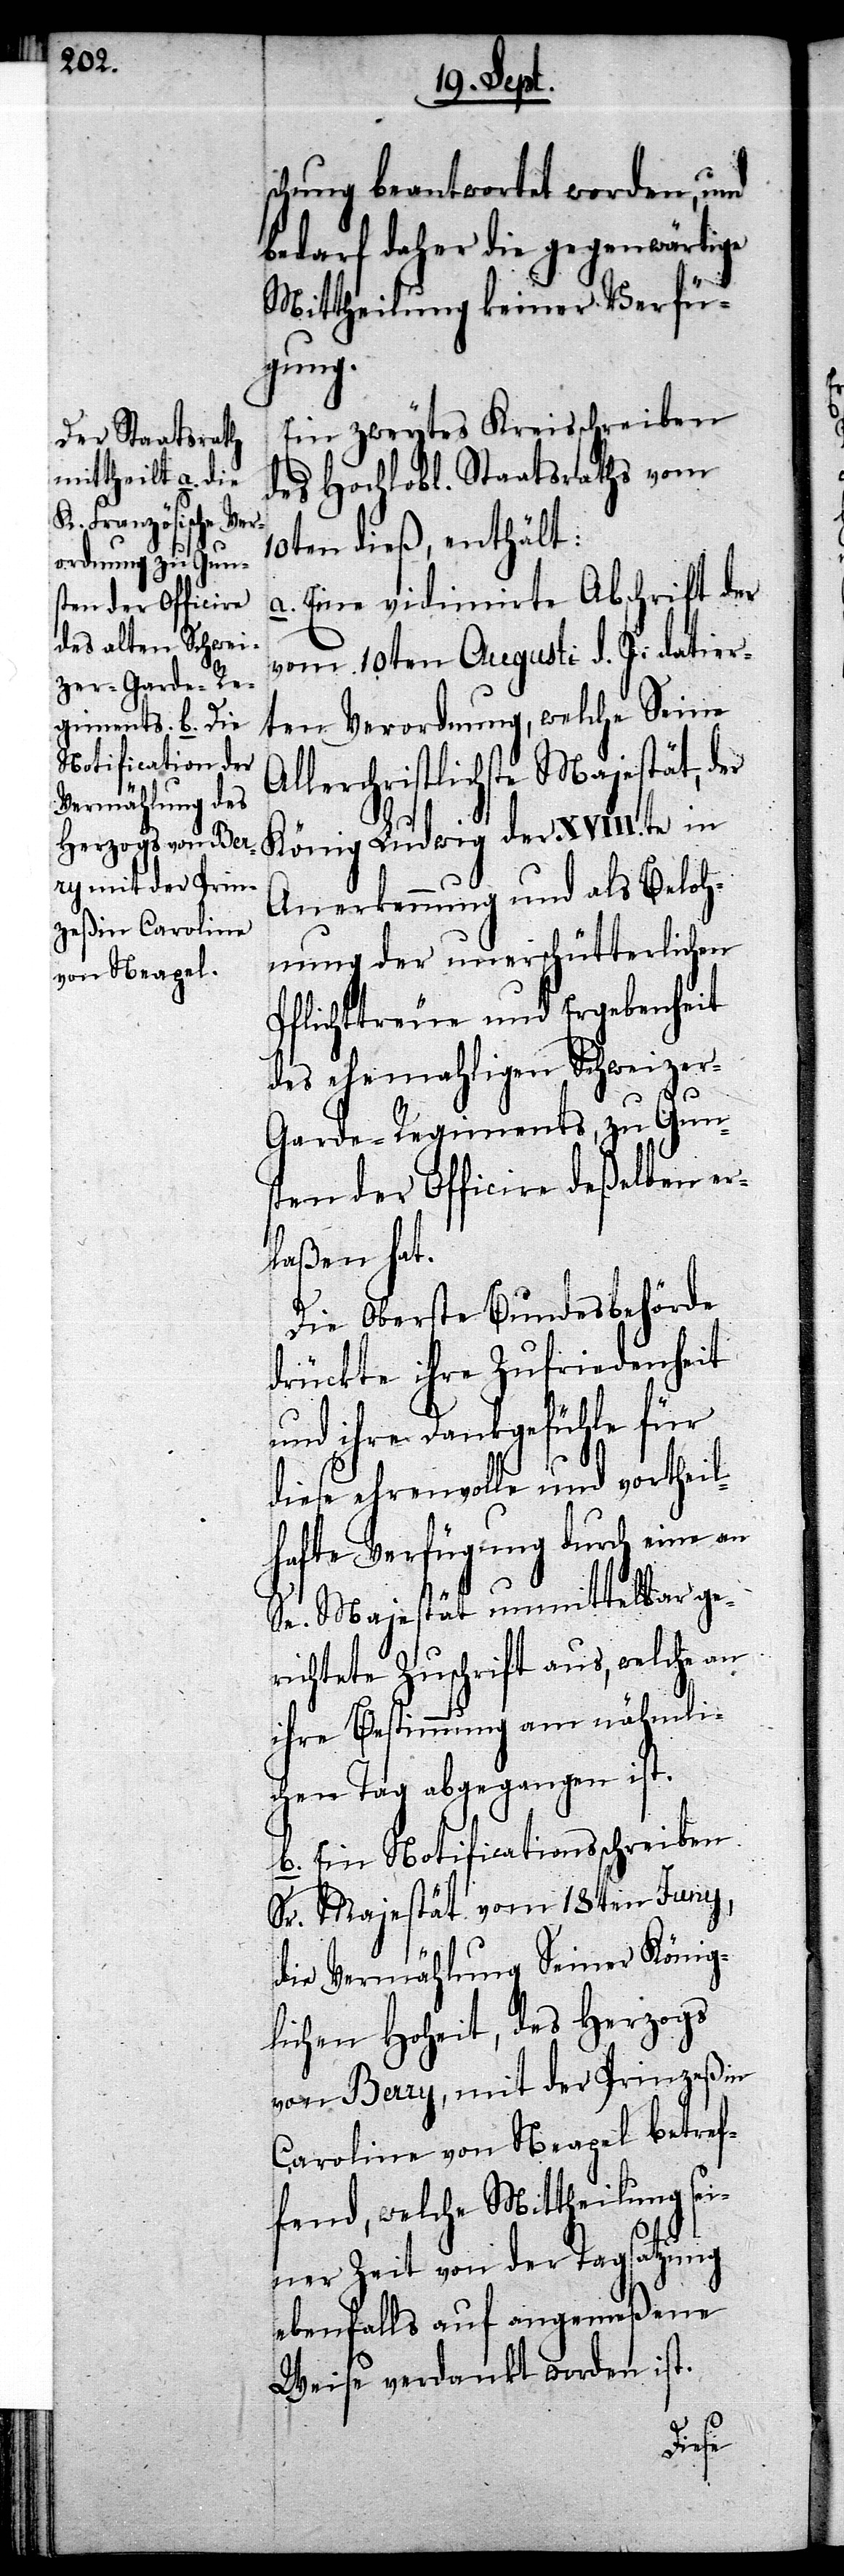
schung beantwortet worden, und
bedarf daher die gegenwärtige
Mittheilung keiner Verfü¬
gung.
Ein zweytes Kreisschreiben
des Hochlobl. Staatsraths vom
10ten dieß, enthält:
a. Eine vidimirte Abschrift der
vom 10ten Augusti d. J. datier¬
ten Verordnung, welche Seine
Allerchristlichste Majestät, der
König Ludwig der XVIIIte in
Anerkennung und als Beloh¬
nung der unerschütterlichen
Pflichttreue und Ergebenheit
des ehemahligen Schweizer-G¬
arde-Regiments, zu Gun¬
sten der Officire deßelben er¬
laßen hat.
Die Oberste Bundesbehörde
drückte ihre Zufriedenheit
und ihre Dankgefühle für
diese ehrenvollle und vortheil¬
hafte Verfügung durch eine an
Se. Majestät unmittelbar ge¬
richtete Zuschrift aus, welche an
ihre Bestimmung am nähmli¬
chen Tag abgegangen ist.
b. Ein Notificationsschreiben
Sr. Majestät vom 18ten Juny,
die Vermählung seiner König¬
lichen Hoheit, des Herzogs
von Berry, mit der Prinzeßin
Caroline von Neapel betref¬
fend, welche Mittheilung sei¬
ner Zeit von der Tagsatzung
ebenfalls auf angemeßene
Weise verdankt worden ist.